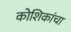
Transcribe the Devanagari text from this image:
कोशिकांचा